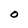
Character: O